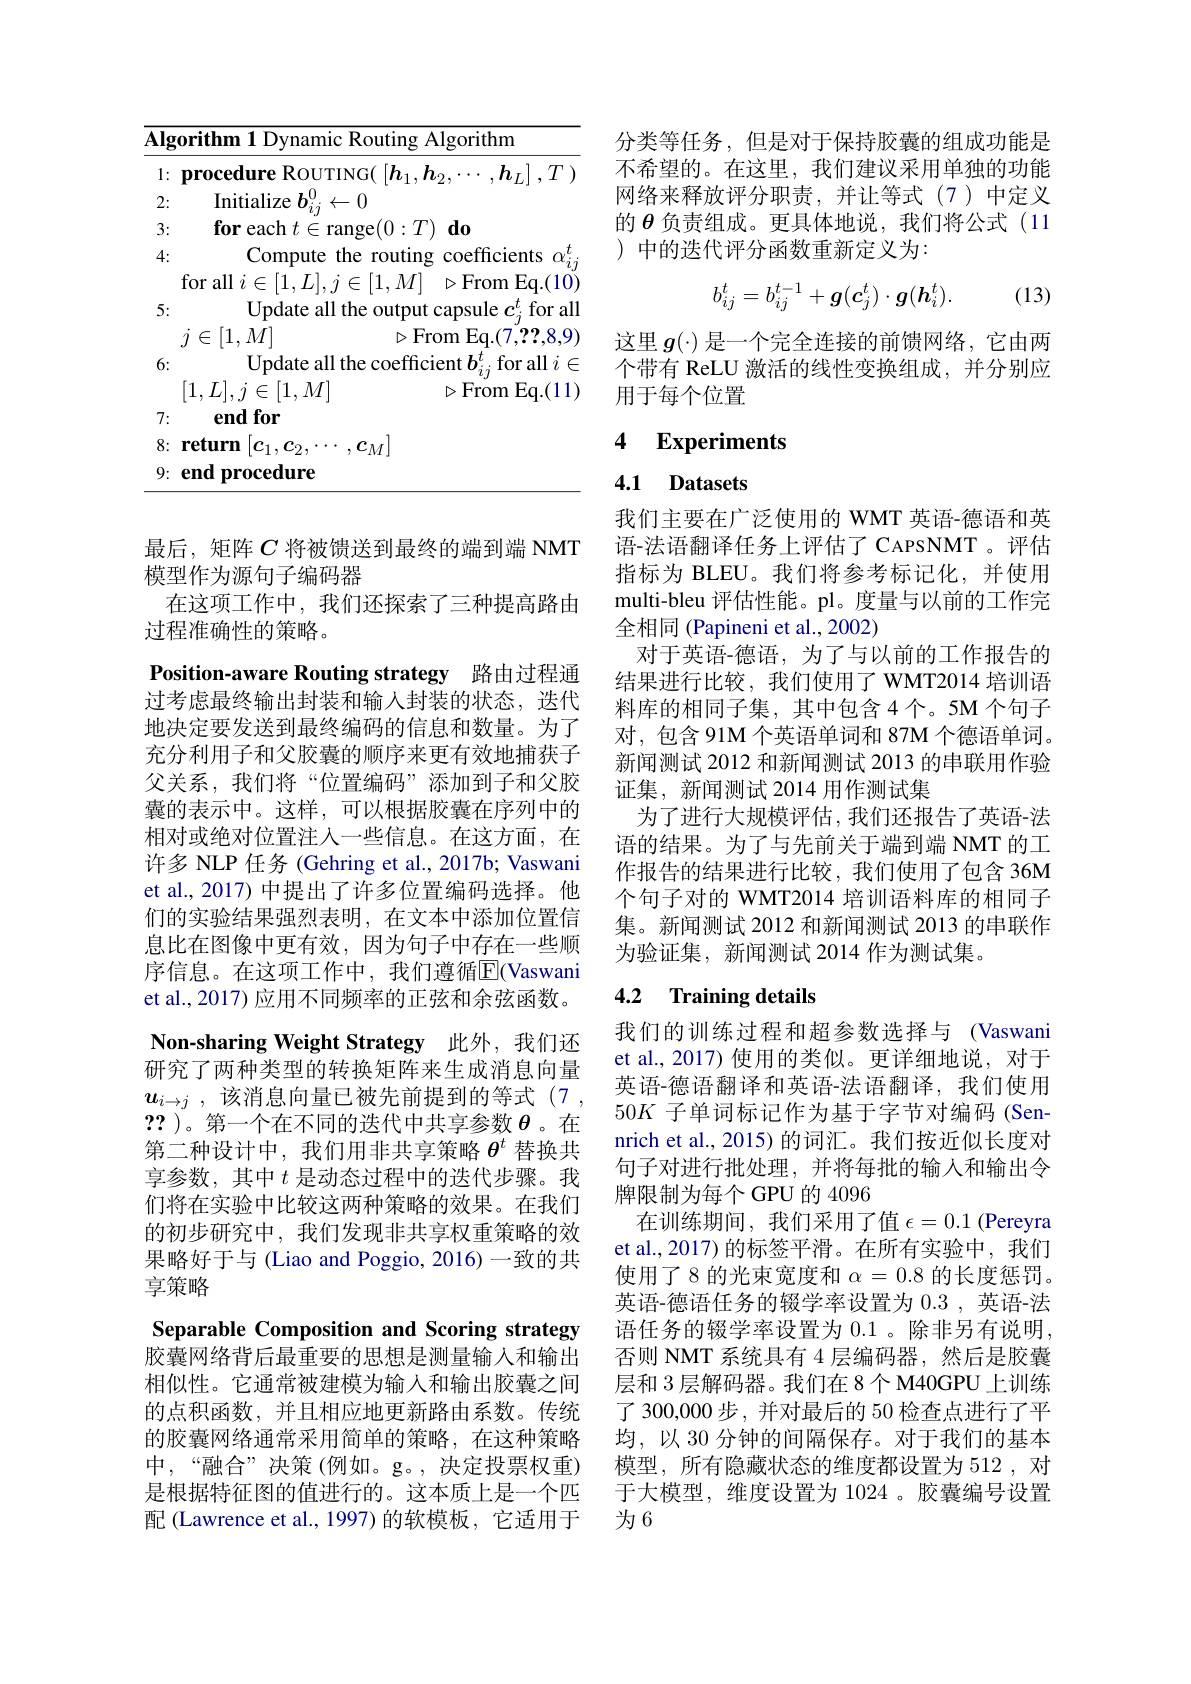
<table>
	<tbody>
		<tr>
			<td>$\overline{\mathbf{AI}};$</td>
			<td>$\overline{\mathbf{AIgo}}$</td>
			<td>orithm 1 Dynamic Routing Algorithm</td>
		</tr>
		<tr>
			<td>1</td>
			<td>1: $\mathbf{F}$ 1</td>
			<td>$\mathbf{procedureRoUTING}($ $[h_{1},l$ $\cdot$ $, h_{L}|$ $, T$ )</td>
		</tr>
		<tr>
			<td>2</td>
			<td>2:</td>
			<td>Initialize $b_{i, i}^{0}$ $\leftarrow0$</td>
		</tr>
		<tr>
			<td>3</td>
			<td>3:</td>
			<td>$\textbf{for each }t\in$range$(0:T)$ $d0$</td>
		</tr>
		<tr>
			<td>4:</td>
			<td>4:</td>
			<td>Compute the routing coefficients</td>
		</tr>
		<tr>
			<td> </td>
			<td>f</td>
			<td>for all $i\in[1,L],j\in[1,M]$ $\triangleright$From Eq.(10)</td>
		</tr>
		<tr>
			<td>9</td>
			<td>9: $\mathbf{e}$</td>
			<td>end procedure</td>
		</tr>
	</tbody>
</table>

最后，矩阵$C$将被馈送到最终的端到端 NMT
模型作为源句子编码器
在这项工作中，我们还探索了三种提高路由
过程准确性的策略。
Position-aware Routing strategy 路由过程通过考虑最终输出封装和输入封装的状态，选代地决定要发送到最终编码的信息和数量。为了充分利用子和父胶囊的顺序来更有效地捕获子父关系，我们将“位置编码”添加到子和父胶囊的表示中。这样，可以根据胶囊在序列中的相对或绝对位置注入一些信息。在这方面，在许多 NLP 任务 (Gehring et al., 2017b; Vaswani et al., 2017) 中提出了许多位置编码选择。他们的实验结果强烈表明，在文本中添加位置信息比在图像中更有效，因为句子中存在一些顺序信息。在这项工作中，我们遵循E(Vaswani et al.,2017) 应用不同频率的正弦和余弦函数。Non-sharing Weight Strategy 此外，我们还研究了两种类型的转换矩阵来生成消息向量$\boldsymbol{u}_{i\to j}$ ,该消息向量已被先前提到的等式(7, ?? )。第一个在不同的迭代中共享参数$\theta$ 。在第二种设计中，我们用非共享策略$\theta^t$替换共享参数，其中$t$是动态过程中的迭代步骤。我们将在实验中比较这两种策略的效果。在我们的初步研究中，我们发现非共享权重策略的效果略好于与 (Liao and Poggio, 2016) 一致的共享策略
Separable Composition and Scoring strategy 胶囊网络背后最重要的思想是测量输入和输出相似性。它通常被建模为输入和输出胶囊之间的点积函数，并且相应地更新路由系数。传统的胶囊网络通常采用简单的策略，在这种策略中，“融合”决策(例如。g。,决定投票权重) 是根据特征图的值进行的。这本质上是一个匹配 (Lawrence et al., 1997) 的软模板，它适用于

分类等任务，但是对于保持胶囊的组成功能是不希望的。在这里，我们建议采用单独的功能网络来释放评分职责，并让等式(7)中定义的$\theta$负责组成。更具体地说，我们将公式 (11 ) 中的迭代评分函数重新定义为：
$$b_{ij}^t=b_{ij}^{t-1}+g(c_j^t)\cdot g(h_i^t).$$
(13)

这里$g(\cdot)$是一个完全连接的前馈网络，它由两个带有 ReLU 激活的线性变换组成，并分别应用于每个位置

## 4 $\textbf{Experiments}$

4.1 Datasets

我们主要在广泛使用的 WMT 英语-德语和英语-法语翻译任务上评估了 CAPSNMT 。评估指标为 BLEU。我们将参考标记化，并使用multi-bleu 评估性能。pl。度量与以前的工作完全相同 (Papineni et al.,2002)
对于英语-德语，为了与以前的工作报告的结果进行比较，我们使用了 WMT2014 培训语料库的相同子集，其中包含 4个。5M 个句子对，包含 91M 个英语单词和 87M 个德语单词。新闻测试 2012 和新闻测试 2013 的串联用作验证集，新闻测试 2014 用作测试集
为了进行大规模评估，我们还报告了英语-法语的结果。为了与先前关于端到端 NMT 的工作报告的结果进行比较，我们使用了包含 36M 个句子对的 WMT2014 培训语料库的相同子集。新闻测试 2012 和新闻测试 2013 的串联作为验证集，新闻测试 2014 作为测试集。

## 4.2 Training details

我们的训练过程和超参数选择与 (Vaswani et al., 2017) 使用的类似。更详细地说，对于英语-德语翻译和英语-法语翻译，我们使用50$K$子单词标记作为基于字节对编码(Sennrich et al., 2015) 的词汇。我们按近似长度对句子对进行批处理，并将每批的输入和输出令牌限制为每个 GPU 的 4096
在训练期间，我们采用了值$\epsilon=0.1$ (Pereyra et al., 2017) 的标签平滑。在所有实验中，我们使用了8 的光束宽度和$\alpha=0.8$的长度惩罚。英语-德语任务的辍学率设置为0.3,英语-法语任务的辍学率设置为 0.1 。除非另有说明， 否则 NMT 系统具有 4 层编码器，然后是胶囊层和 3 层解码器。我们在 8 个 M40GPU 上训练了 300,000步 , 并对最后的 50 检查点进行了平均，以 30 分钟的间隔保存。对于我们的基本模型，所有隐藏状态的维度都设置为 512 , 对于大模型，维度设置为 1024 。胶囊编号设置为6